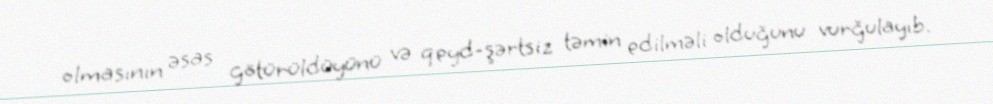
olmasının əsas götürüldüyünü və qeyd-şərtsiz təmin edilməli olduğunu vurğulayıb.